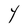
Character: Y